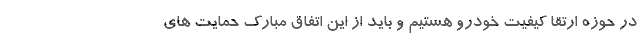
در حوزه ارتقا کیفیت خودرو هستیم و باید از این اتفاق مبارک حمایت های